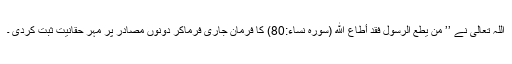
اللہ تعالیٰ نے ’’ مَنْ يُطِعِ الرَّسُولَ فَقَدْ أَطَاعَ اللَّه (سورہ نساء:80) کا فرمان جاری فرماکر دونوں مصادر پر مہر حقانیت ثبت کردی ۔